Malaria in the Duars
Disease focus: Malaria
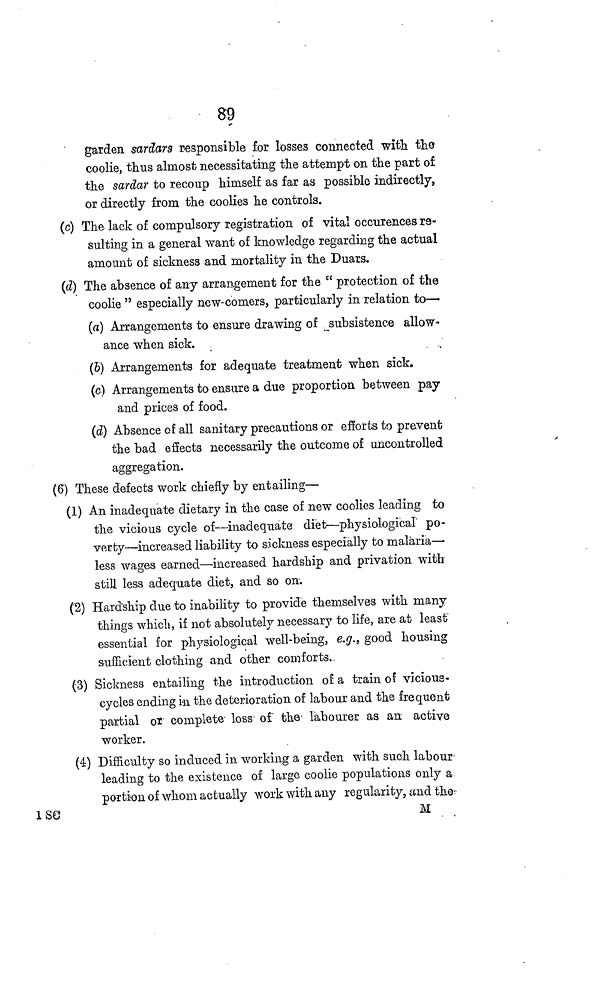
89
garden sardars responsible for losses connected with the
coolie, thus almost necessitating the attempt on the part of
the sardar to recoup himself as far as possible indirectly,
or directly from the coolies he controls.
(c) The lack of compulsory registration of vital occurences re-
sulting in a general want of knowledge regarding the actual
amount of sickness and mortality in the Duars.
(d) The absence of any arrangement for the " protection of the
coolie " especially new-comers, particularly in relation to—
(a) Arrangements to ensure drawing of subsistence allow-
ance when sick.
(6) Arrangements for adequate treatment when sick.
(c) Arrangements to ensure a due proportion between pay
and prices of food.
(d) Absence of all sanitary precautions or efforts to prevent
the bad effects necessarily the outcome of uncontrolled
aggregation.
(6) These defects work chiefly by entailing—
(1) An inadequate dietary in the case of new coolies leading to
the vicious cycle of—inadequate diet—physiological po-
verty—increased liability to sickness especially to malaria—
less wages earned—increased hardship and privation with
still less adequate diet, and so on.
(2) Hardship clue to inability to provide themselves with many
things which, if not absolutely necessary to life, are at least
essential for plysiological well-being, e.g., good housing
sufficient clothing and other comforts.
(3) Sickness entailing the introduction of a train of vicious-
cycles ending in the deterioration of labour and the frequent
partial or complete loss of the labourer as an active
worker.
(4) Difficulty so induced in working a garden with such labour-
leading to the existence of large coolie populations only a
portion of whom actually work with any regularity, and the
1 SO
M